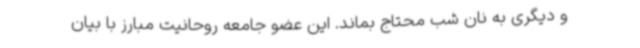
و دیگری به نان شب محتاج بماند. این عضو جامعه روحانیت مبارز با بیان